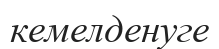
кемелденуге